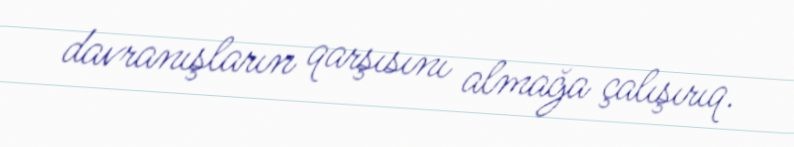
davranışların qarşısını almağa çalışırıq.